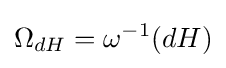
\Omega _{dH}=\omega ^{-1}(dH)